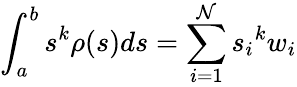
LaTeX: \int_{a}^{b}s^{k}\rho(s)ds=\sum_{i=1}^{\mathcal{N}}{s_{i}}^{k}w_{i}